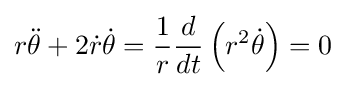
r{\ddot {\theta }}+2{\dot {r}}{\dot {\theta }}={\frac {1}{r}}{\frac {d}{dt}}\left(r^{2}{\dot {\theta }}\right)=0